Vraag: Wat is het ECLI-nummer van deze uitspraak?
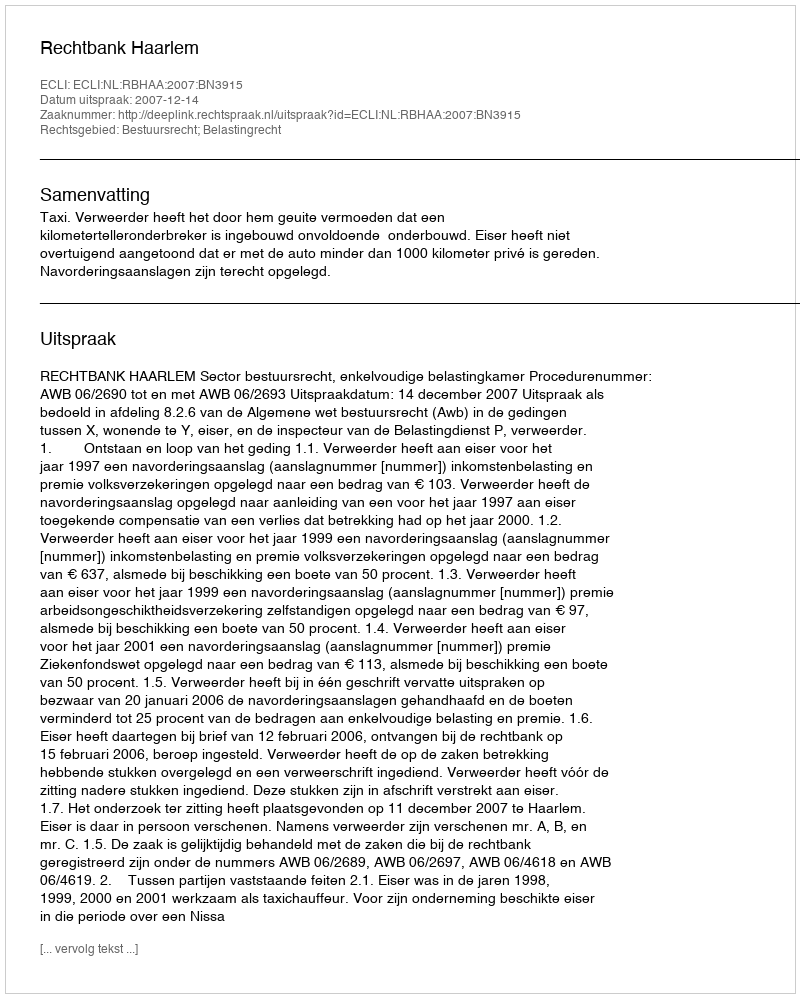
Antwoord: ECLI:NL:RBHAA:2007:BN3915